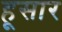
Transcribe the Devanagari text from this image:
हूसार